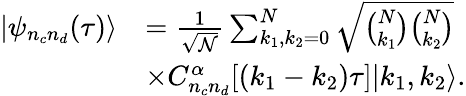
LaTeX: \begin{array}{rl}{|{\psi}_{n_{c}n_{d}}(\tau)\rangle}&{=\frac{1}{\sqrt{\cal N}}\sum_{k_{1},k_{2}=0}^{N}\sqrt{{\binom{N}{k_{1}}}{\binom{N}{k_{2}}}}}\\ &{\times C_{n_{c}n_{d}}^{\alpha}[(k_{1}-k_{2})\tau]|k_{1},k_{2}\rangle.}\end{array}